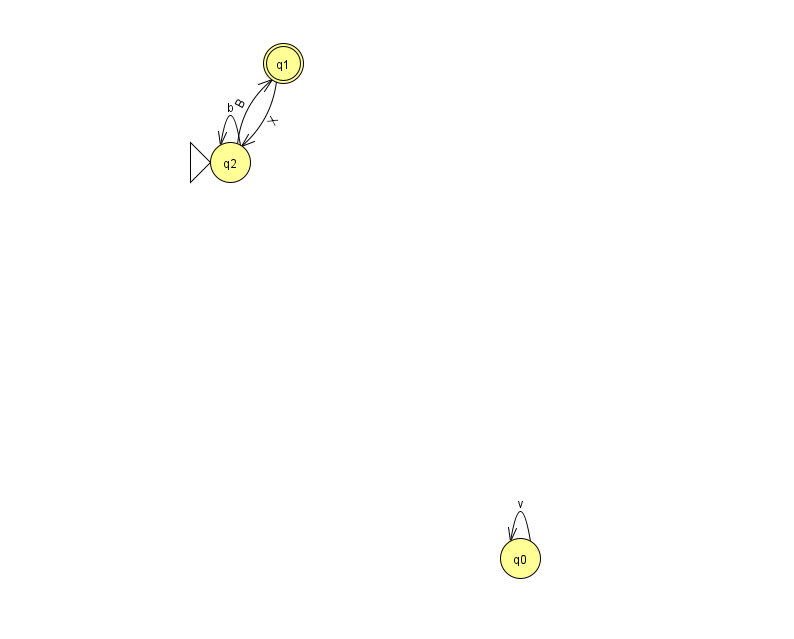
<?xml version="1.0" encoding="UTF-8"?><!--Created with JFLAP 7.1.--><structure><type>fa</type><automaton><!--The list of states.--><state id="0" name="q0"><x>520.0</x><y>545.0</y></state><state id="1" name="q1"><x>283.0</x><y>50.0</y><final/></state><state id="2" name="q2"><x>230.0</x><y>149.0</y><initial/></state><!--The list of transitions.--><transition><from>2</from><to>2</to><read>b</read></transition><transition><from>0</from><to>0</to><read>v</read></transition><transition><from>1</from><to>2</to><read>X</read></transition><transition><from>2</from><to>1</to><read>B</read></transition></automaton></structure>